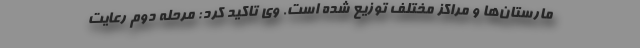
مارستان‌ها و مراکز مختلف توزیع شده است. وی تاکید کرد: مرحله دوم رعایت